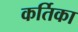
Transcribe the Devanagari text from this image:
कर्तिका